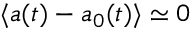
\langle a ( t ) - a _ { 0 } ( t ) \rangle \simeq 0